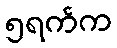
၅ရက်က